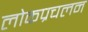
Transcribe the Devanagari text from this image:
लोकप्रचलन